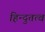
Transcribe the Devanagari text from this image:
हिन्दुतत्व